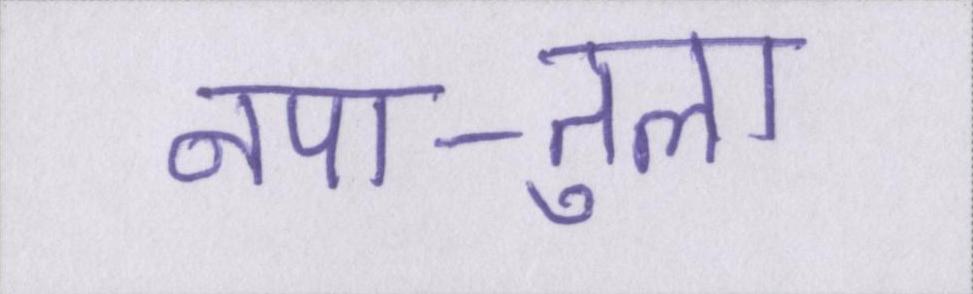
नपा-तुला